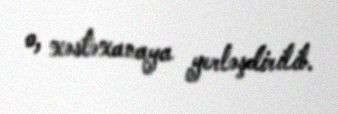
o, xəstəxanaya yerləşdirilib.